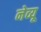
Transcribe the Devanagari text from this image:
नेव्यू